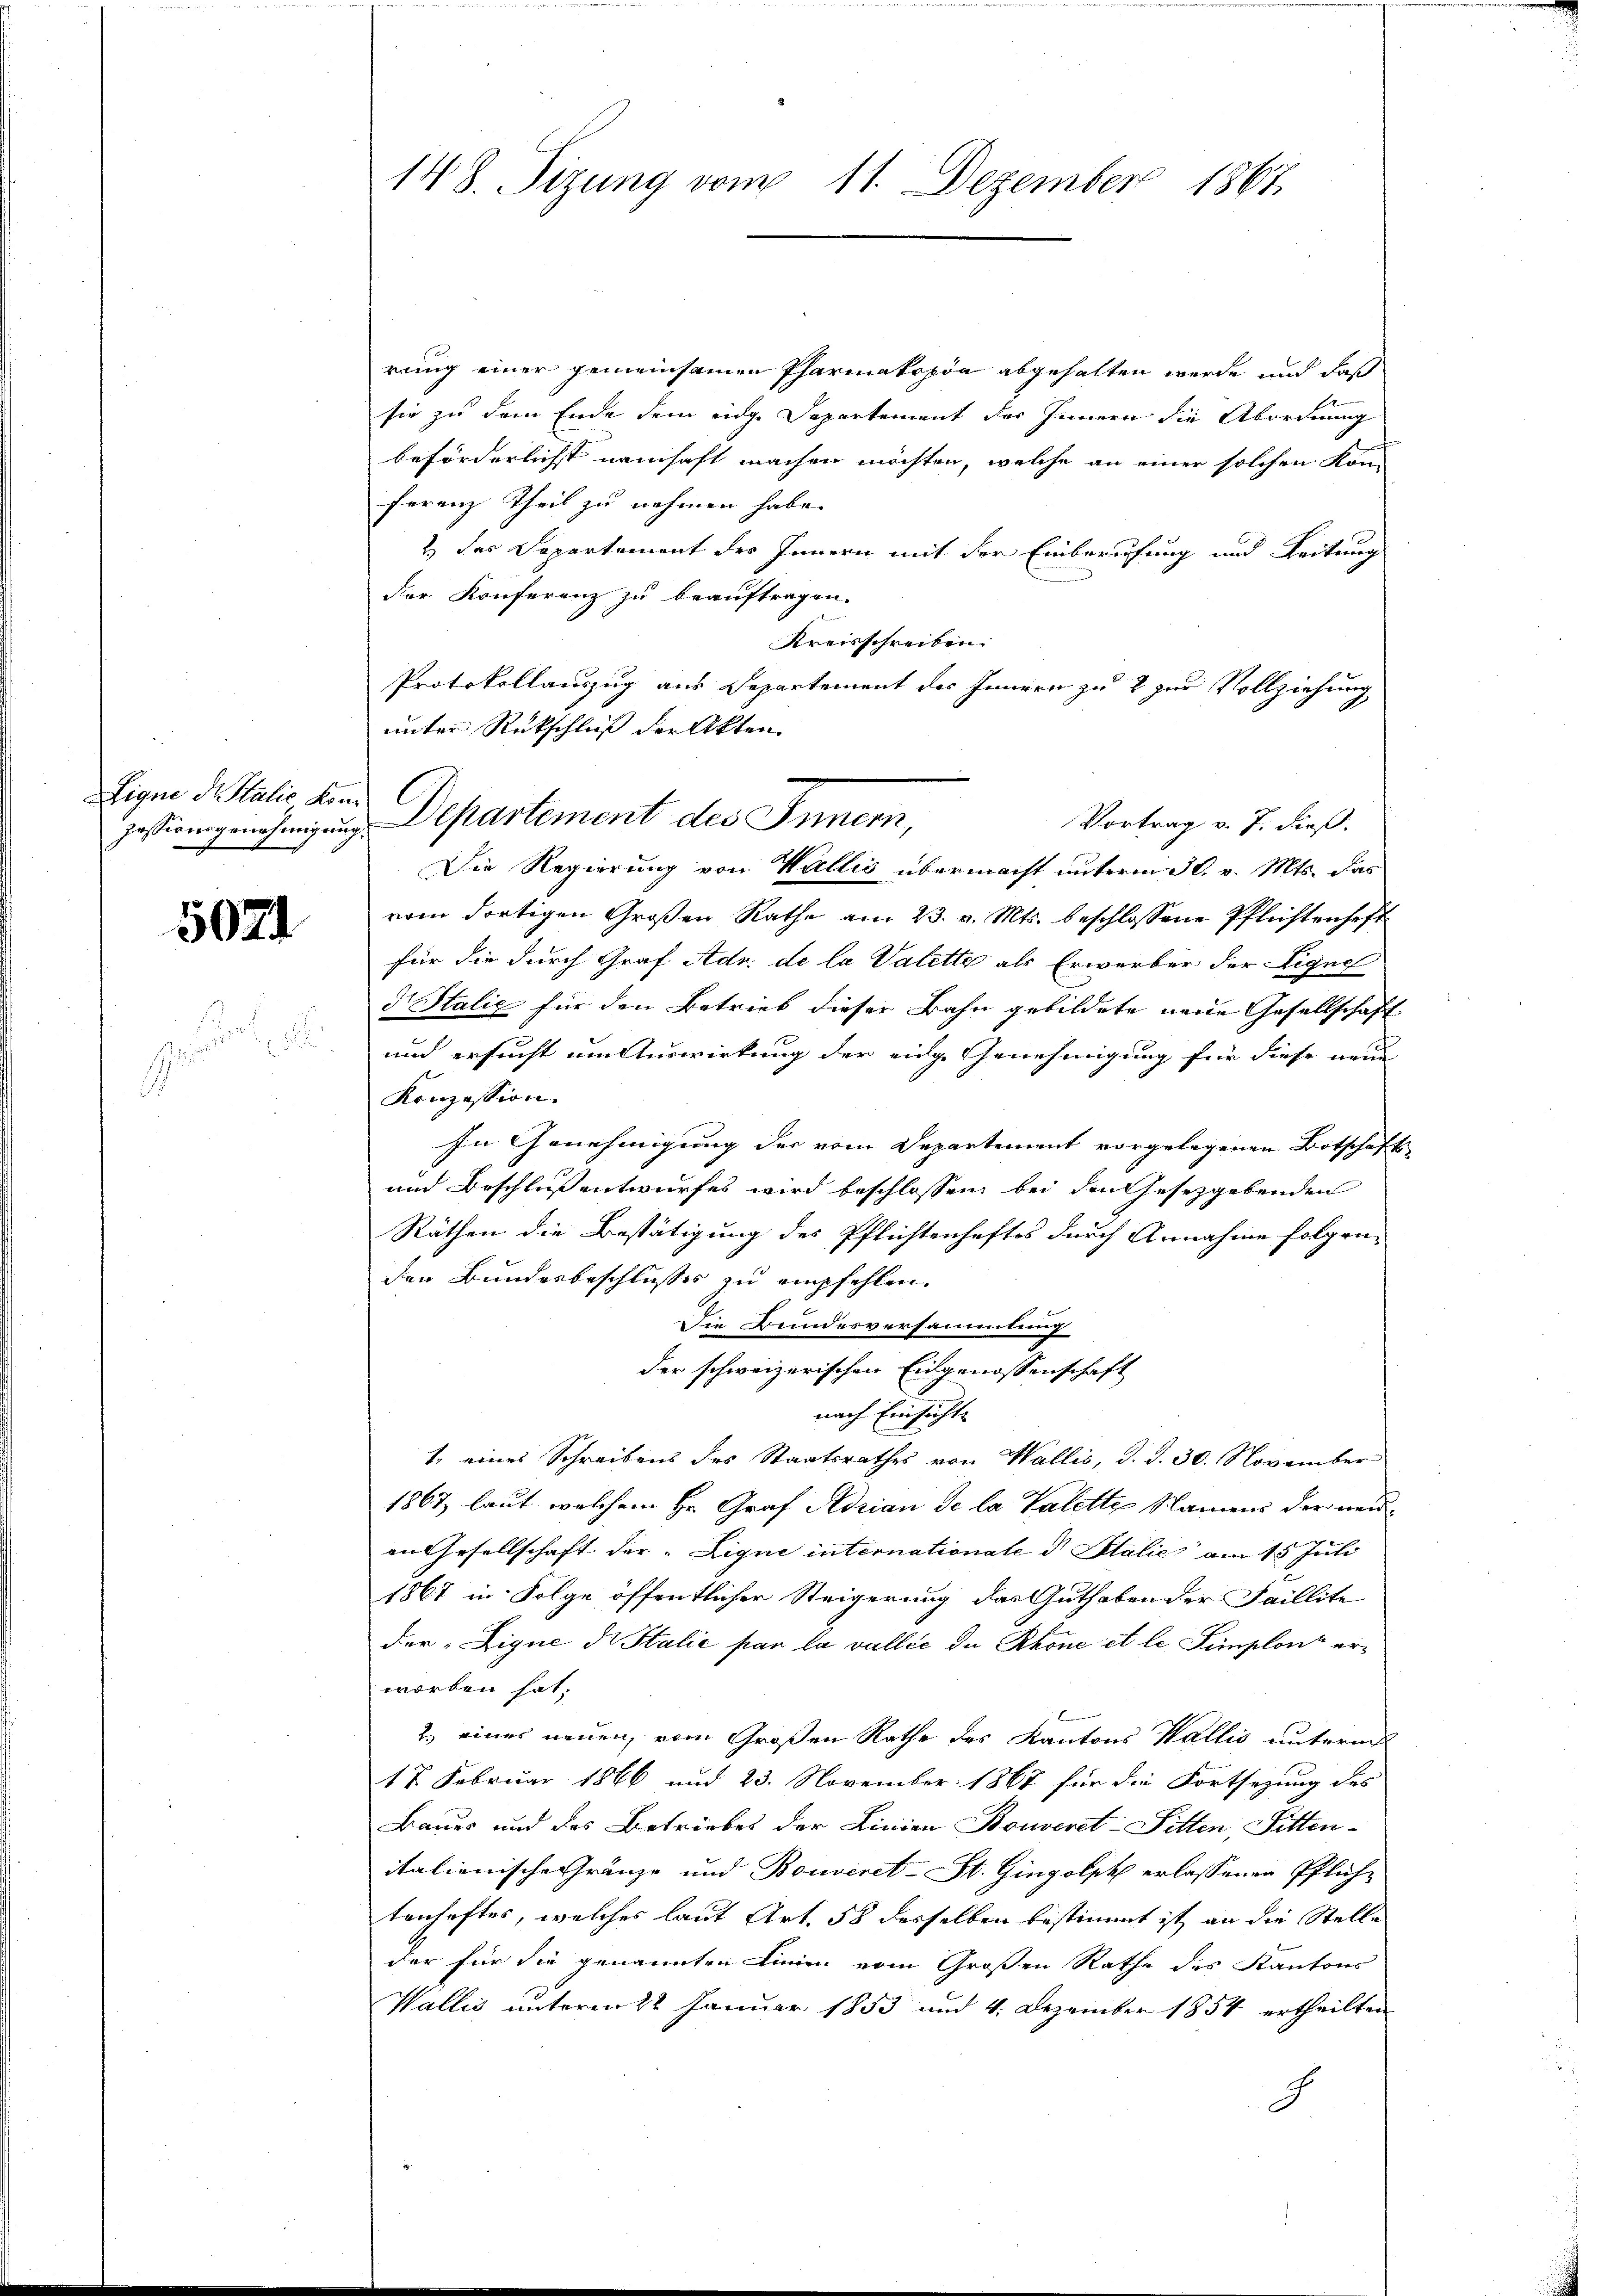
Eigne di Salić kom

5021

148. Sizung vom 11. Dezember 1867.

Vortrag v. J. dieß.
pession genehmigung Departement des Innern,
Die Regierung von Wallis übermacht unterm 30. v. Mts. das

rung einer gemeinsamen Pharmakopia abgehalten werde und daß
sie zu dem Ende dem eige Departement der Innern die Abordnung
beförderlichst namhaft machen möchten, welche an einer solchen Kon-
ferenz Theil zu nehmen habe.
2.) Das Departement des Innern mit der Einberufung und Leitung
der Konferenz zu beauftragen.
Kreisschreiben.
Protokollauszug aus Departement des Innern zu 2 zur Vollziehung
unter Rückschluß der Akten
vom dortigen Großen Rathe am 23. v. Mts. beschlossene Pflichtenhaft
für die durch Graf Adr. de la Valette als Erwerber der Signe
d Italie für den Betrieb dieser Bahn gebildete werde Gesellschaft
und ersucht um Auswirkung der eidge Genehmigung für diese neue
Konzession
In Genehmigung der vom Departement vorgelegenen Botschaft
und Beschluß entwurfes wird beschlossen bei den Gesetzgebenden
Räthen die Bestätigung des Pflichtenhaftes durch Annahme folgen-
den Bundesbeschlusses zu empfehlen.
Die Bundesversammlung
der schweizerischen Eingenossenschaft
nach Einsichte
1. eines Schreibens des Staatsrathes von Wallis, d. d. 30. November
1867 laut, welchem Hr. Graf Adrian Se la Valette Namens der neuen Gesellschaft der „Ligne internationale d Italie am 15. Juli
1867 in Folge öffentlicher Steigerung das Guthaben der Faillite
der „Zique di Stalie par la vallée de Rhone et le Simplon erworben hat.
2. eines neuen, vom Großen Rathe des Kantons Wallis unterm
17. Februar 1866 und 23. November 1867 für die Fortsezung des
Baues und des Betriebes der Linien Bouveret-Pillen, Sitten-
italienische Gränze und Bouviret-St. Gingolph erlassenen Pflichtenhaftes, welches laut Art. 58 desselben bestimmt ist, an die Stelle
der für die genannten Linien vom Großen Rathe des Kantons
Wallis unterm 22 Januar 1853 und 4. Dezember 1854 ertheilten
G

.